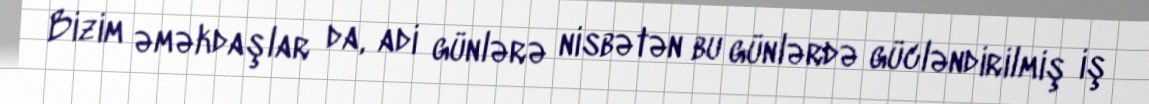
Bizim əməkdaşlar da, adi günlərə nisbətən bu günlərdə gücləndirilmiş iş